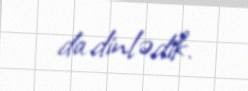
da dinlədik.